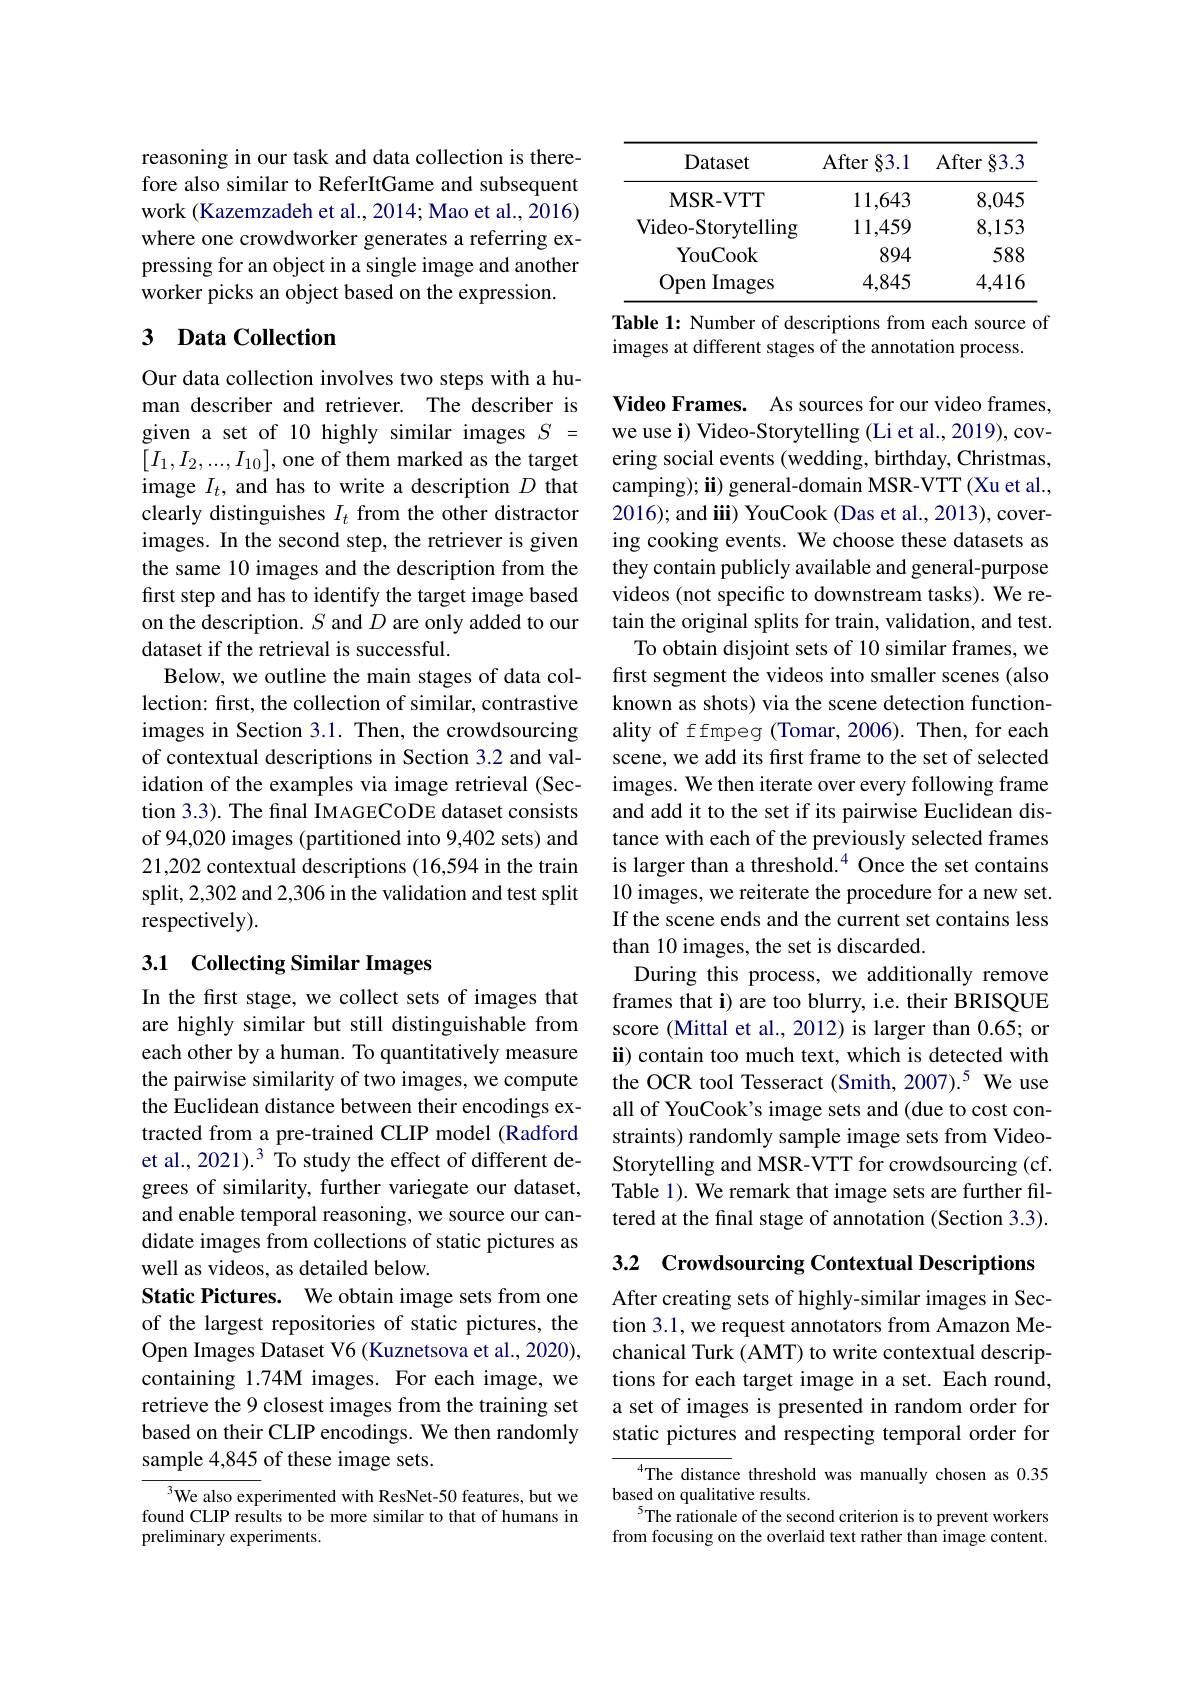
reasoning in our task and data collection is therefore also similar to ReferItGame and subsequent work (Kazemzadeh et al., 2014; Mao et al., 2016) where one crowdworker generates a referring expressing for an object in a single image and another worker picks an object based on the expression.

## 3 $\textbf{Data Collection}$

Our data collection involves two steps with a human describer and retriever. The describer is given a set of 10 highly similar images $S=$ $[I_1,I_2,...,I_{10}]$,one of them marked as the target image $I_t$, and has to write a description $D$ that clearly distinguishes $I_t$ from the other distractor images. In the second step, the retriever is given the same 10 images and the description from the first step and has to identify the target image based on the description. $S$ and $D$ are only added to our dataset if the retrieval is successful.
Below, we outline the main stages of data collection: first, the collection of similar, contrastive images in Section 3.1. Then, the crowdsourcing of contextual descriptions in Section 3.2 and validation of the examples via image retrieval (Section 3.3). The final IMAGECODE dataset consists of 94,020 images (partitioned into 9,402 sets) and 21,202 contextual descriptions (16,594 in the train split, 2,302 and 2,306 in the validation and test split respectively).

# 3.1 Collecting Similar Images

In the first stage, we collect sets of images that are highly similar but still distinguishable from each other by a human. To quantitatively measure the pairwise similarity of two images, we compute the Euclidean distance between their encodings extracted from a pre-trained CLIP model (Radford et al., 2021).$^3$ To study the effect of different degrees of similarity, further variegate our dataset, and enable temporal reasoning, we source our candidate images from collections of static pictures as well as videos, as detailed below.
Static Pictures. We obtain image sets from one of the largest repositories of static pictures, the Open Images Dataset V6 (Kuznetsova et al., 2020), containing 1.74M images. For each image, we retrieve the 9 closest images from the training set based on their CLIP encodings. We then randomly sample 4,845 of these image sets.

$^3$We also experimented with ResNet-50 features, but we found CLIP results to be more similar to that of humans in preliminary experiments.

<table>
	<tbody>
		<tr>
			<th>Dataset</th>
			<th>After 83.1</th>
			<th>After 83.3</th>
		</tr>
		<tr>
			<td>$\mathbf{MSR-VTT}$</td>
			<td>11,643</td>
			<td>8,045</td>
		</tr>
		<tr>
			<td>Video-Storytelling</td>
			<td>11,459</td>
			<td>8,153</td>
		</tr>
		<tr>
			<td>YouCook</td>
			<td>894</td>
			<td>588</td>
		</tr>
		<tr>
			<td>Open ${\mathrm{Images}}$ 1</td>
			<td>4,845</td>
			<td>4,416</td>
		</tr>
	</tbody>
</table>
Table 1: Number of descriptions from each source of

images at different stages of the annotation process.

Video Frames. As sources for our video frames, we use i) Video-Storytelling (Li et al., 2019), covering social events (wedding, birthday, Christmas, camping); ii) general-domain MSR-VTT (Xu et al., 2016); and iii) YouCook (Das et al., 2013), covering cooking events. We choose these datasets as they contain publicly available and general-purpose videos (not specific to downstream tasks). We retain the original splits for train, validation, and test.
To obtain disjoint sets of 10 similar frames, we first segment the videos into smaller scenes (also known as shots) via the scene detection functionality of ffmpeg (Tomar, 2006). Then, for each scene, we add its frst frame to the set of selected images. We then iterate over every following frame and add it to the set if its pairwise Euclidean distance with each of the previously selected frames is larger than a threshold.$^{4}$ Once the set contains 10 images, we reiterate the procedure for a new set. If the scene ends and the current set contains less than 10 images, the set is discarded.
During this process, we additionally remove frames that i) are too blurry, i.e. their BRISQUE score (Mittal et al., 2012) is larger than 0.65; or ii) contain too much text, which is detected with the OCR tool Tesseract (Smith, 2007).5 We use all of YouCook's image sets and (due to cost constraints) randomly sample image sets from VideoStorytelling and MSR-VTT for crowdsourcing (cf. Table 1). We remark that image sets are further filtered at the final stage of annotation (Section 3.3). 3.2 Crowdsourcing Contextual Descriptions

After creating sets of highly-similar images in Section 3.1, we request annotators from Amazon Mechanical Turk (AMT) to write contextual descriptions for each target image in a set. Each round, a set of images is presented in random order for static pictures and respecting temporal order for

$^{4}$The distance threshold was manually chosen as 0.35
based on qualitative results.
$^{5}$The rationale of the second criterion is to prevent workers from focusing on the overlaid text rather than image content.